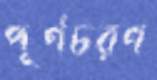
পূর্ণচরণ